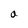
Character: a